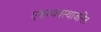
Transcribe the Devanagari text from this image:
एकव्यवस्थाजनित